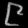
Digit: ၉